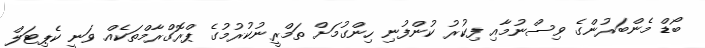
ބޯޑް މެންބަރުންގެ ވިސްނުމާއި ފިކުރު ކުންފުނި ހިންގުމަށް ތަމްރީނުކުރުމުގެ ޕްރޮގްރާމްތަކެއް ވަނީ ކެޕިޓަލް